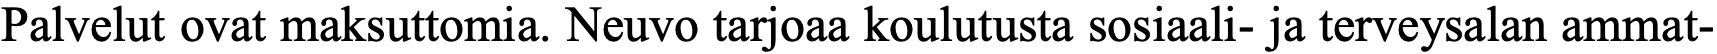
Palvelut ovat maksuttomia. Neuvo tarjoaa koulutusta sosiaali- ja terveysalan ammat-